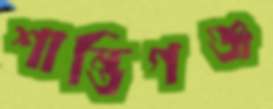
শান্তিগঞ্জ